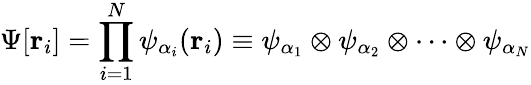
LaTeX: \Psi[\mathbf{r}_{i}]=\prod_{i=1}^{N}\psi_{\alpha_{i}}(\mathbf{r}_{i})\equiv\psi_{\alpha_{1}}\otimes\psi_{\alpha_{2}}\otimes\cdots\otimes\psi_{\alpha_{N}}